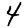
Digit: 4